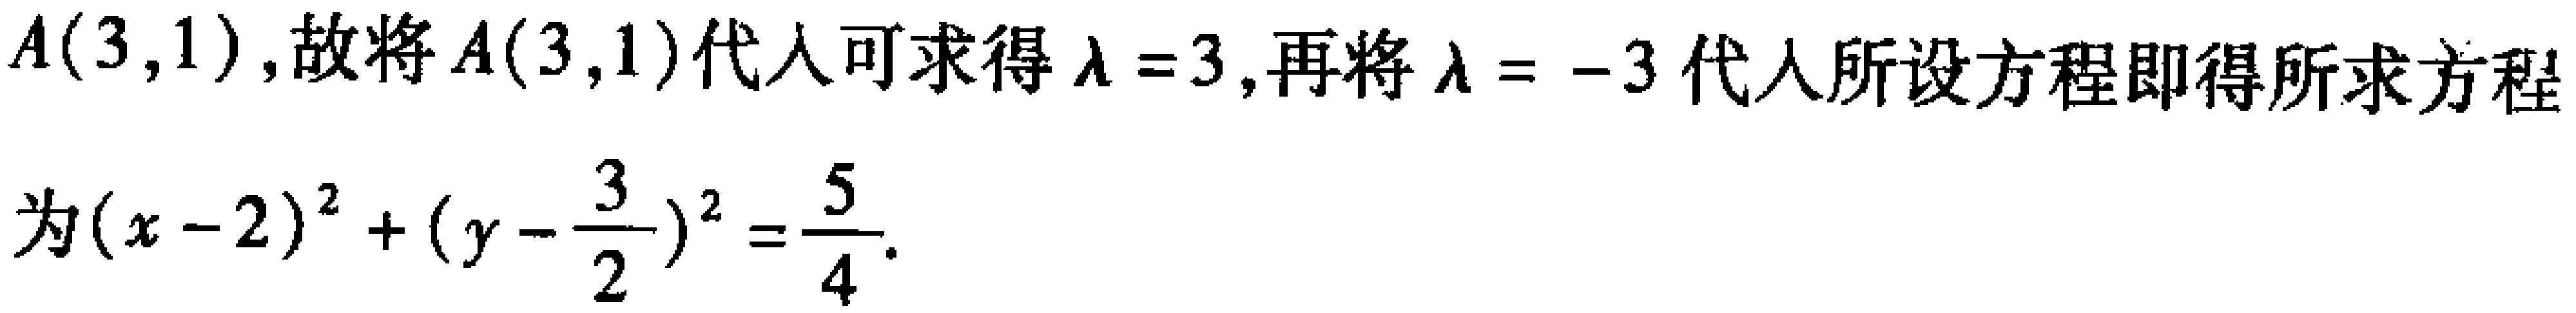
$A(3,1),故将A(3,1)代入可求得\lambda = 3,再将\lambda = -3代入所设方程即得所求方程
为(x - 2)^2 + (y - \frac{3}{2})^2 = \frac{5}{4}.$